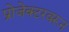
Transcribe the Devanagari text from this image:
प्रोजेक्टरवरून